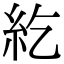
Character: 紇